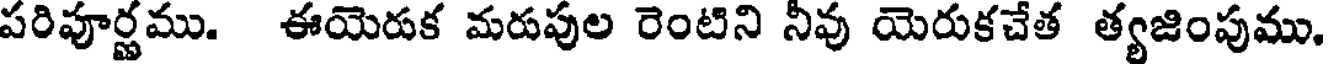
పరిపూర్ణము. ఈయెరుక మరుపుల రెంటిని నీవు యెరుకచేత త్యజింపుము.